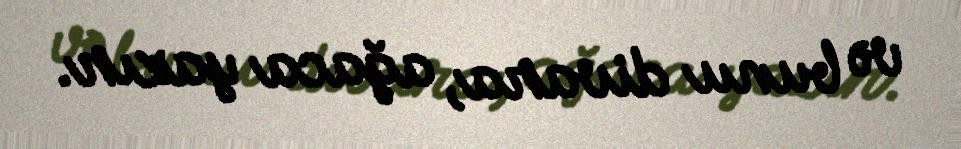
və bunu divara, ağaca yazır.